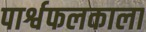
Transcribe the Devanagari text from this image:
पार्श्वफलकाला